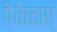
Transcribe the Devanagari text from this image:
पैकेटस्